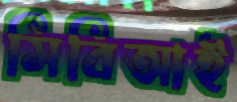
সিবিআই